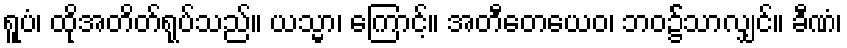
ရူပံ၊ ထိုအတိတ်ရုပ်သည်။ ယသ္မာ၊ ကြောင့်။ အတီတေယေဝ၊ ဘဝ၌်သာလျှင်။ ခီဏံ၊